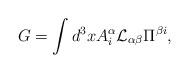
LaTeX: \begin{align*}G= \int d^3x A^{\alpha}_i {\cal L}_{\alpha \beta} \Pi^{\beta i},\end{align*}